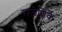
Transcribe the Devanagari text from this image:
राजेशिर्के